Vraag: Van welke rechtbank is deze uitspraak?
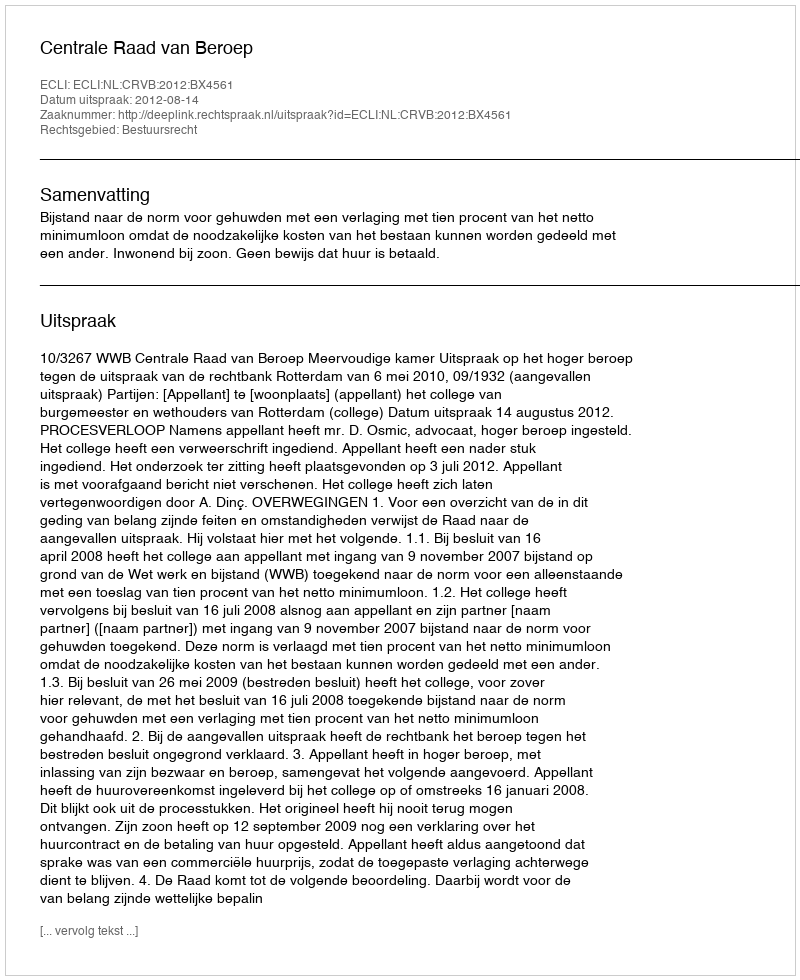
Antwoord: Centrale Raad van Beroep